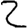
Digit: 2